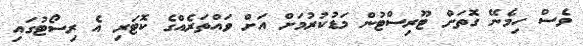
ވެސް ހިމެނޭ ގޮތަށް ޓޫރިސްޓުން މަޑުކުރުމަށް އަށް ވައްތަރެއްގެ ކޮޓަރި އެ ރިސޯޓުގައި